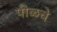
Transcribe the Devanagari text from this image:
पीळचे